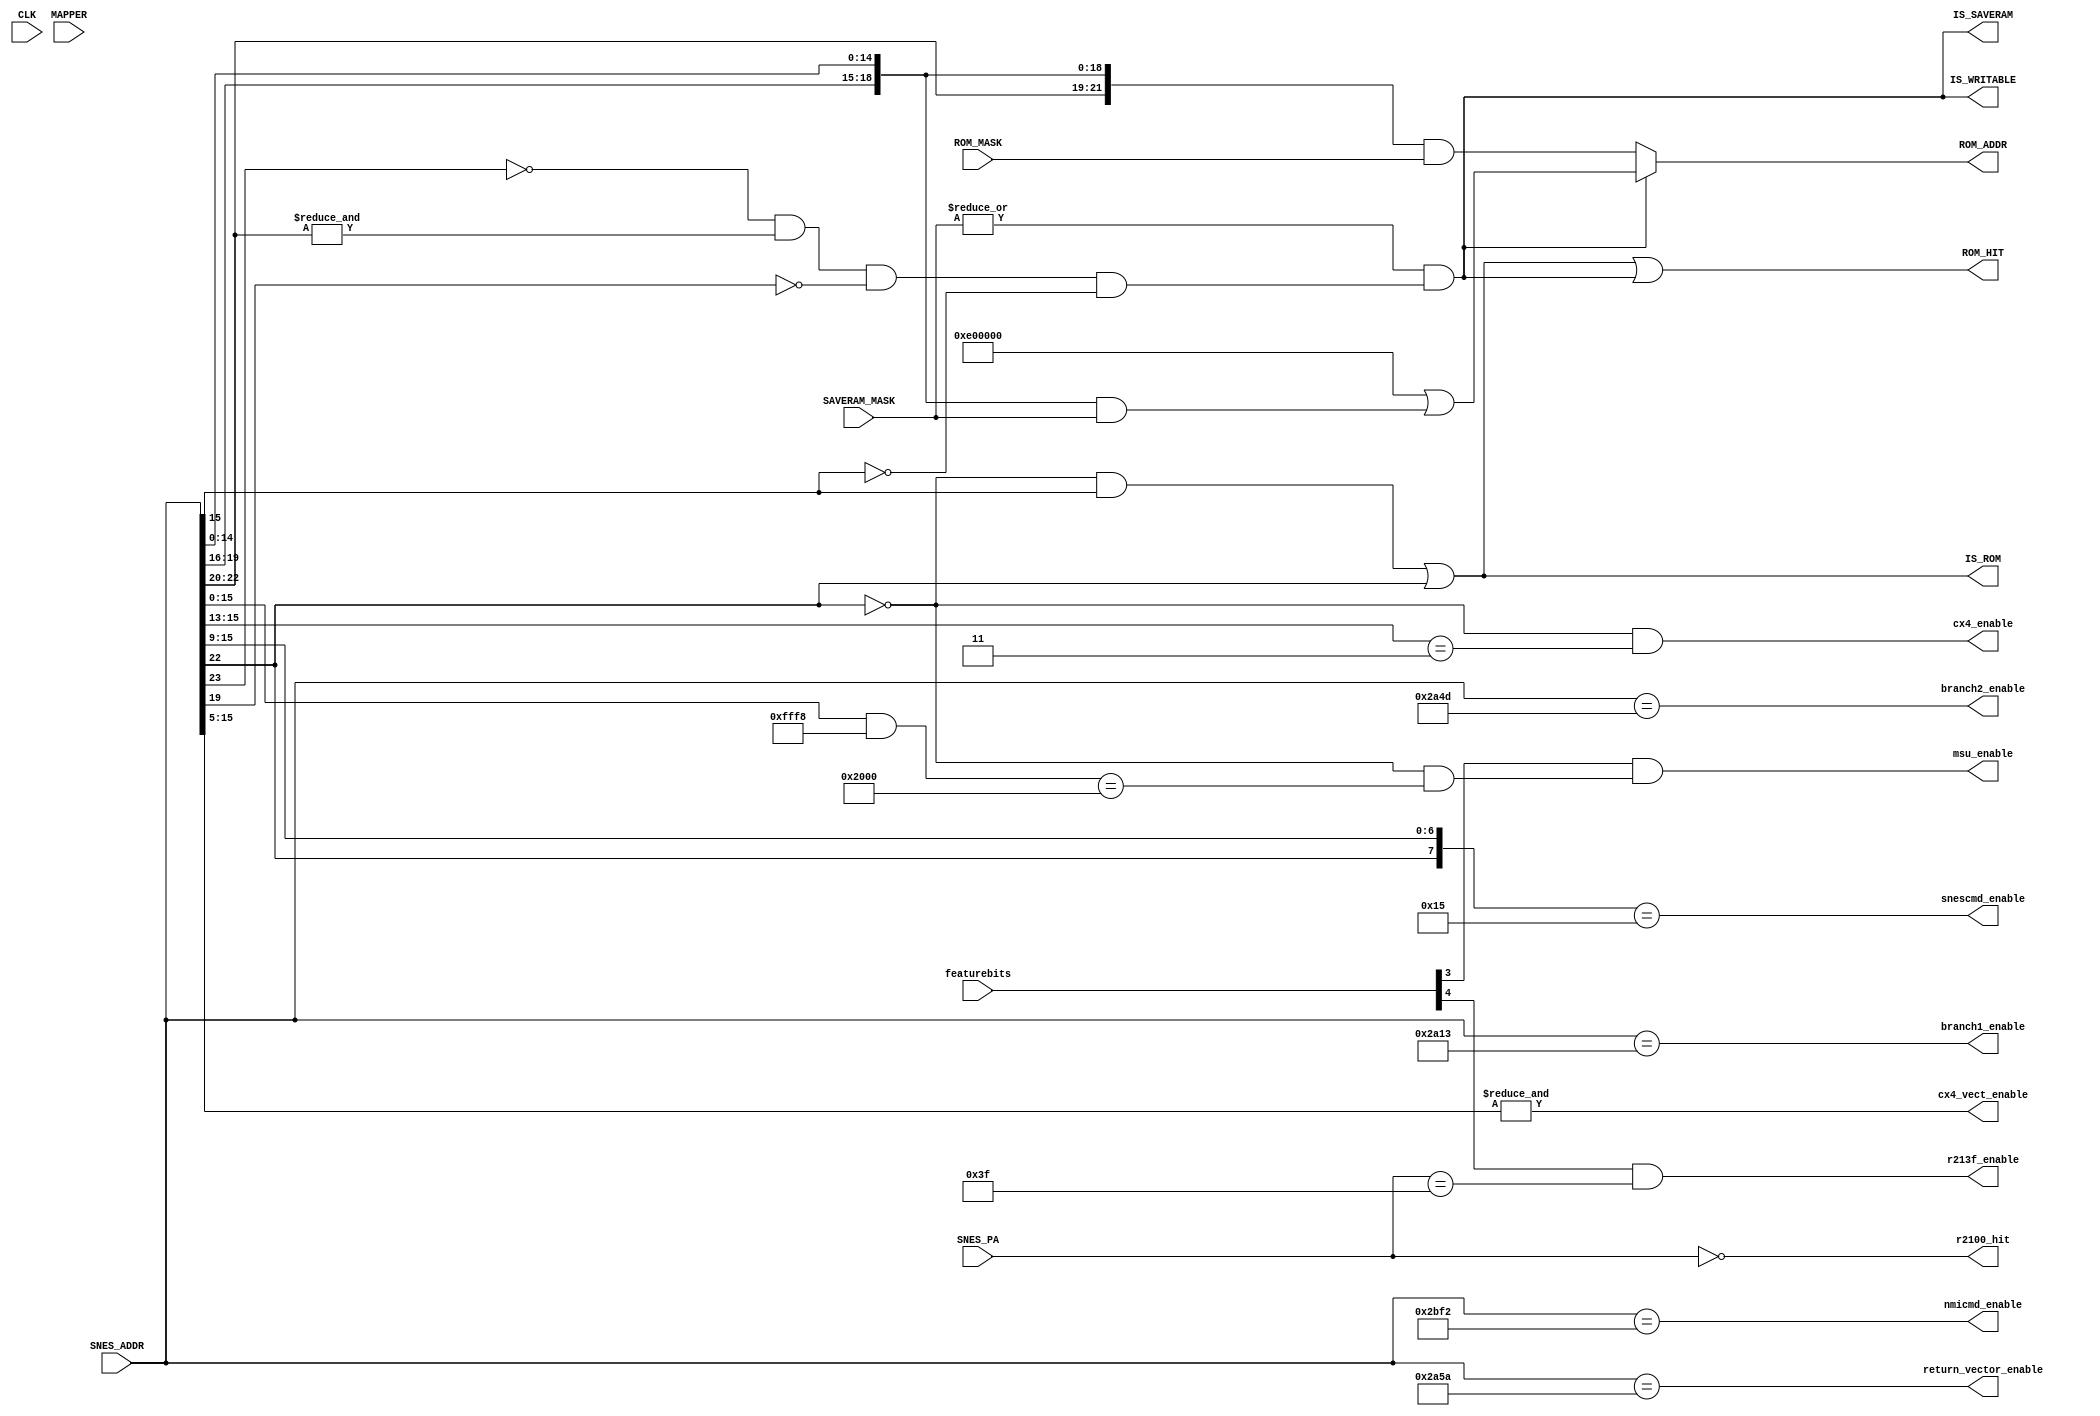
module address(
  input CLK,
  input [15:0] featurebits,
  input [2:0] MAPPER,       // MCU detected mapper
  input [23:0] SNES_ADDR,   // requested address from SNES
  input [7:0] SNES_PA,      // peripheral address from SNES
  output [23:0] ROM_ADDR,   // Address to request from SRAM0
  output ROM_HIT,           // want to access RAM0
  output IS_SAVERAM,        // address/CS mapped as SRAM?
  output IS_ROM,            // address mapped as ROM?
  output IS_WRITABLE,       // address somehow mapped as writable area?
  input [23:0] SAVERAM_MASK,
  input [23:0] ROM_MASK,
  output msu_enable,
  output cx4_enable,
  output cx4_vect_enable,
  output r213f_enable,
  output r2100_hit,
  output snescmd_enable,
  output nmicmd_enable,
  output return_vector_enable,
  output branch1_enable,
  output branch2_enable
);

parameter [2:0]
  FEAT_MSU1 = 3,
  FEAT_213F = 4,
  FEAT_2100 = 6
;

wire [23:0] SRAM_SNES_ADDR;

/* Cx4 mapper:
   - LoROM (extended to 00-7d, 80-ff)
   - MMIO @ 6000-7fff
   - SRAM @ 70-77:0000-7fff
 */

assign IS_ROM = ((!SNES_ADDR[22] & SNES_ADDR[15])
                 |(SNES_ADDR[22]));

assign IS_SAVERAM = |SAVERAM_MASK & (~SNES_ADDR[23] & &SNES_ADDR[22:20] & ~SNES_ADDR[19] & ~SNES_ADDR[15]);

assign SRAM_SNES_ADDR = IS_SAVERAM
                        ? (24'hE00000 | ({SNES_ADDR[19:16], SNES_ADDR[14:0]}
                         & SAVERAM_MASK))
                        : ({2'b00, SNES_ADDR[22:16], SNES_ADDR[14:0]}
                         & ROM_MASK);

assign ROM_ADDR = SRAM_SNES_ADDR;

assign IS_WRITABLE = IS_SAVERAM;

assign ROM_HIT = IS_ROM | IS_WRITABLE;

wire msu_enable_w = featurebits[FEAT_MSU1] & (!SNES_ADDR[22] && ((SNES_ADDR[15:0] & 16'hfff8) == 16'h2000));
assign msu_enable = msu_enable_w;

wire cx4_enable_w = (!SNES_ADDR[22] && (SNES_ADDR[15:13] == 3'b011));
assign cx4_enable = cx4_enable_w;

assign cx4_vect_enable = &SNES_ADDR[15:5];

assign r213f_enable = featurebits[FEAT_213F] & (SNES_PA == 8'h3f);
assign r2100_hit = (SNES_PA == 8'h00);

assign snescmd_enable = ({SNES_ADDR[22], SNES_ADDR[15:9]} == 8'b0_0010101);
assign nmicmd_enable = (SNES_ADDR == 24'h002BF2);
assign return_vector_enable = (SNES_ADDR == 24'h002A5A);
assign branch1_enable = (SNES_ADDR == 24'h002A13);
assign branch2_enable = (SNES_ADDR == 24'h002A4D);
endmodule